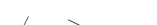
٥